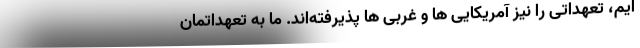
ایم، تعهداتی را نیز آمریکایی ها و غربی ها پذیرفته‌اند. ما به تعهداتمان